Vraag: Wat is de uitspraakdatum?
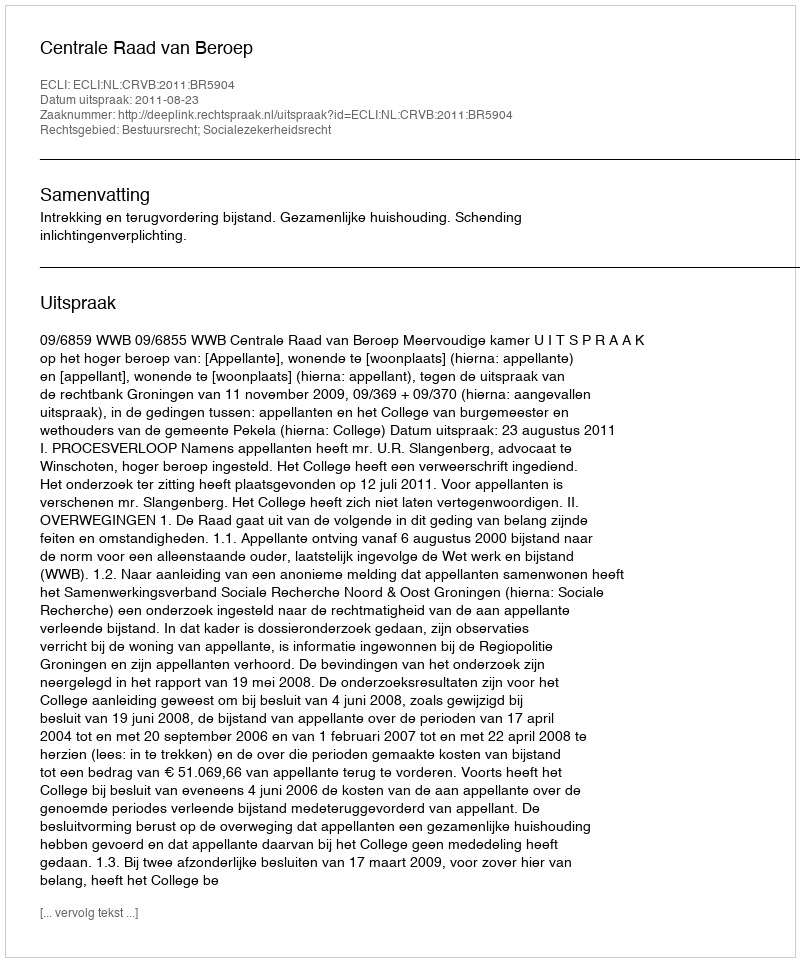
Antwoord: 2011-08-23